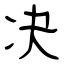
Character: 决